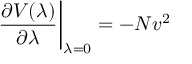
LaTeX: \left. \frac { \partial V ( \lambda ) } { \partial \lambda } \right| _ { \lambda = 0 } = - N v ^ { 2 }